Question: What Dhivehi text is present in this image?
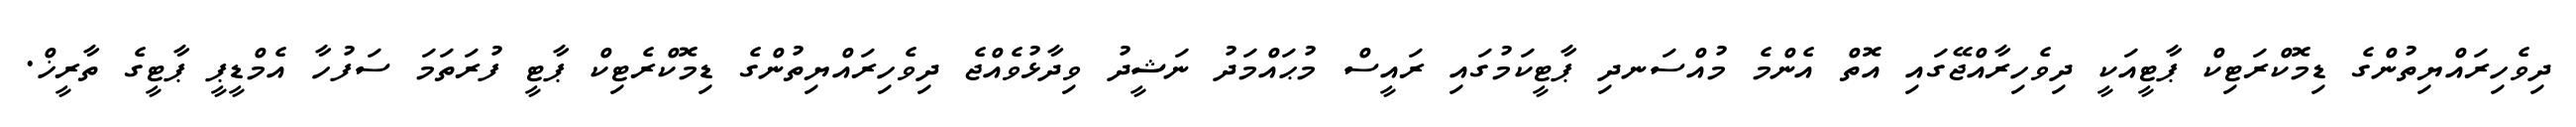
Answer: ދިވެހިރައްޔިތުންގެ ޑިމޮކްރަޓިކް ޕާޓީއަކީ ދިވެހިރާއްޖޭގައި އޮތް އެންމެ މުއްސަނދި ޕާޓީކަމުގައި ރައީސް މުޙައްމަދު ނަޝީދު ވިދާޅުވެއްޖެ ދިވެހިރައްޔިތުންގެ ޑިމޮކްރެޓިކް ޕާޓީ ފުރަތަމަ ސަފުހާ އެމްޑީޕީ ޕާޓީގެ ތާރީޚް.